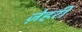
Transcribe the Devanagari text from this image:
ज़ेहरी